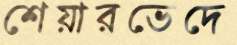
শেয়ারভেদে